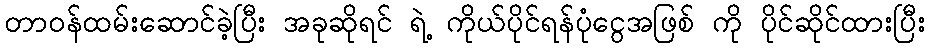
တာဝန်ထမ်းဆောင်ခဲ့ပြီး အခုဆိုရင် ရဲ့ ကိုယ်ပိုင်ရန်ပုံငွေအဖြစ် ကို ပိုင်ဆိုင်ထားပြီး